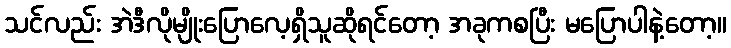
သင်လည်း အဲဒီလိုမျိုးပြောလေ့ရှိသူဆိုရင်တော့ အခုကစပြီး မပြောပါနဲ့တော့။